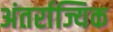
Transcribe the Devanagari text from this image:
अंतर्राज्यिक